Report of the Municipal Commissioner on the plague in Bombay for the year ending 31st May... - Volume 3
Disease focus: Plague
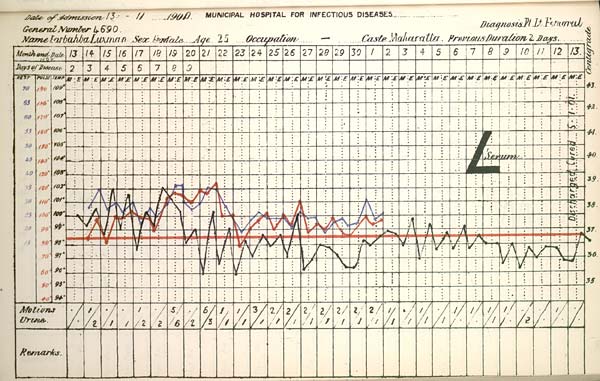
Date
of
Admission
1900
MUNICIPAL
HOSPITAL
FOR
INFECTIOUS
DISEASES.
General
Number
Diagnosis
Name
Sex
Age
Occupation
Caste
Previous
Duration